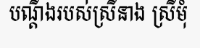
បណ្តឹងរបស់ស្រីនាង ស្រីមុំ